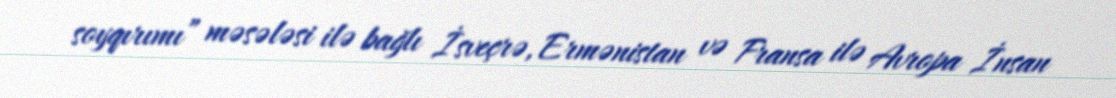
soyqırımı” məsələsi ilə bağlı İsveçrə, Ermənistan və Fransa ilə Avropa İnsan